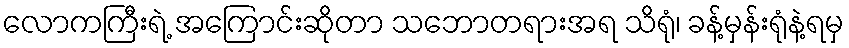
လောကကြီးရဲ့ အကြောင်းဆိုတာ သဘောတရားအရ သိရုံ၊ ခန့်မှန်းရုံနဲ့ရမှ